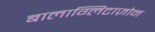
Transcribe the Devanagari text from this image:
बालाग्लिटाज़ोन